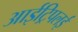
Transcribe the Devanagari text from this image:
आईट्रिपलई